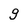
Character: 9